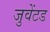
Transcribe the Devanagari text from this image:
जुवेंटड